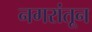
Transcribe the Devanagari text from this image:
नगरांतून